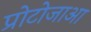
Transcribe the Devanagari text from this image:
प्रोटोजाआ